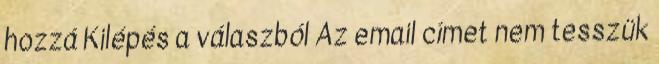
hozzá Kilépés a válaszból Az email címet nem tesszük